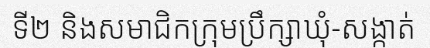
ទី២ និងសមាជិកក្រុមប្រឹក្សាឃុំ-សង្កាត់